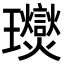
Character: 𤫙